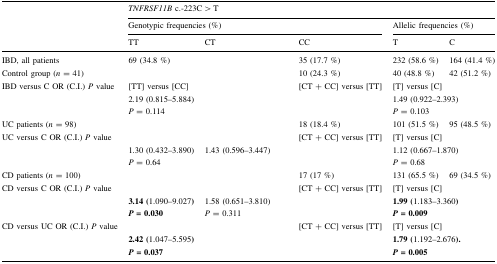
<table><thead><tr><td rowspan="3">[EMPTY_CELL]</td><td colspan="5"><b><i>TNFRSF11B</i> c.-223C &gt; T</b></td></tr><tr><td colspan="3"><b>Genotypic frequencies (%)</b></td><td colspan="2"><b>Allelic frequencies (%)</b></td></tr><tr><td><b>TT</b></td><td><b>CT</b></td><td><b>CC</b></td><td><b>T</b></td><td><b>C</b></td></tr></thead><tbody><tr><td>IBD, all patients</td><td>69 (34.8 %)</td><td>[EMPTY_CELL]</td><td>35 (17.7 %)</td><td>232 (58.6 %)</td><td>164 (41.4 %)</td></tr><tr><td>Control group (<i>n</i> = 41)</td><td>[EMPTY_CELL]</td><td>[EMPTY_CELL]</td><td>10 (24.3 %)</td><td>40 (48.8 %)</td><td>42 (51.2 %)</td></tr><tr><td rowspan="3">IBD versus C OR (C.I.) <i>P</i> value</td><td>[TT] versus [CC]</td><td>[EMPTY_CELL]</td><td>[CT + CC] versus [TT]</td><td colspan="2">[T] versus [C]</td></tr><tr><td>2.19 (0.815–5.884)</td><td>[EMPTY_CELL]</td><td>[EMPTY_CELL]</td><td colspan="2">1.49 (0.922–2.393)</td></tr><tr><td><i>P</i> = 0.114</td><td>[EMPTY_CELL]</td><td>[EMPTY_CELL]</td><td colspan="2"><i>P</i> = 0.103</td></tr><tr><td>UC patients (<i>n</i> = 98)</td><td>[EMPTY_CELL]</td><td>[EMPTY_CELL]</td><td>18 (18.4 %)</td><td>101 (51.5 %)</td><td>95 (48.5 %)</td></tr><tr><td rowspan="3">UC versus C OR (C.I.) <i>P</i> value</td><td>[EMPTY_CELL]</td><td>[EMPTY_CELL]</td><td>[CT + CC] versus [TT]</td><td colspan="2">[T] versus [C]</td></tr><tr><td>1.30 (0.432–3.890)</td><td>1.43 (0.596–3.447)</td><td>[EMPTY_CELL]</td><td colspan="2">1.12 (0.667–1.870)</td></tr><tr><td><i>P</i> = 0.64</td><td>[EMPTY_CELL]</td><td>[EMPTY_CELL]</td><td colspan="2"><i>P</i> = 0.68</td></tr><tr><td>CD patients (<i>n</i> = 100)</td><td>[EMPTY_CELL]</td><td>[EMPTY_CELL]</td><td>17 (17 %)</td><td>131 (65.5 %)</td><td>69 (34.5 %)</td></tr><tr><td rowspan="3">CD versus C OR (C.I.) <i>P</i> value</td><td>[EMPTY_CELL]</td><td>[EMPTY_CELL]</td><td>[CT + CC] versus [TT]</td><td colspan="2">[T] versus [C]</td></tr><tr><td><b>3.14 (</b>1.090–9.027<b>)</b></td><td>1.58 (0.651–3.810)</td><td>[EMPTY_CELL]</td><td colspan="2"><b>1.99 (</b>1.183–3.360<b>)</b></td></tr><tr><td><b><i>P</i></b> <b>=</b> <b>0.030</b></td><td><i>P</i> = 0.311</td><td>[EMPTY_CELL]</td><td colspan="2"><b><i>P</i></b> <b>=</b> <b>0.009</b></td></tr><tr><td rowspan="3">CD versus UC OR (C.I.) <i>P</i> value</td><td>[EMPTY_CELL]</td><td>[EMPTY_CELL]</td><td>[CT + CC] versus [TT]</td><td colspan="2">[T] versus [C]</td></tr><tr><td><b>2.42 (</b>1.047–5.595<b>)</b></td><td>[EMPTY_CELL]</td><td>[EMPTY_CELL]</td><td colspan="2"><b>1.79 (</b>1.192–2.676<b>).</b></td></tr><tr><td><b><i>P</i></b> <b>=</b> <b>0.037</b></td><td>[EMPTY_CELL]</td><td>[EMPTY_CELL]</td><td colspan="2"><b><i>P</i></b> <b>=</b> <b>0.005</b></td></tr></tbody></table>